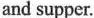
and supper.